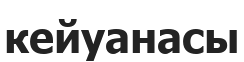
кейуанасы